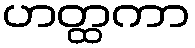
ဟတ္ထကာ